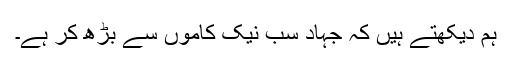
ہم دیکھتے ہیں کہ جہاد سب نیک کاموں سے بڑھ کر ہے۔